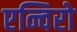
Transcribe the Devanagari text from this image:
एन्विरो